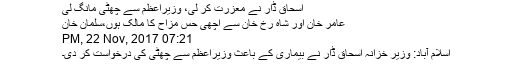
اسحاق ڈار نے معزرت کر لی، وزیراعظم سے چھٹی مانگ لی
عامر خان اور شاہ رخ خان سے اچھی حس مزاح کا مالک ہوں،سلمان خان
07:21 PM, 22 Nov, 2017
اسلام آباد: وزیر خزانہ اسحاق ڈار نے بیماری کے باعث وزیراعظم سے چھٹی کی درخواست کر دی۔